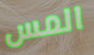
المس